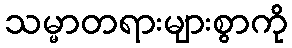
သမ္မာတရားများစွာကို